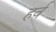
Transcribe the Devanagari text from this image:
हर्व